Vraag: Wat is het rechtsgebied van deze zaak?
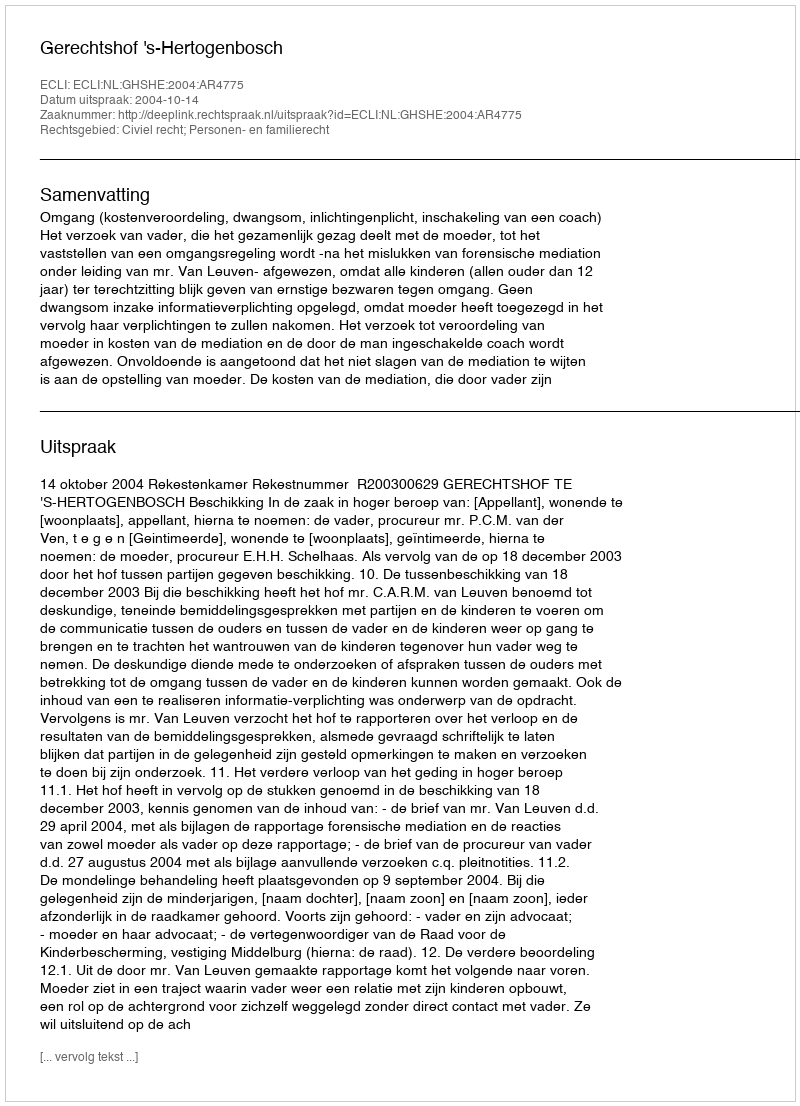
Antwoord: Civiel recht; Personen- en familierecht